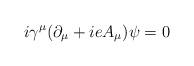
LaTeX: \begin{align*}i{\gamma}^{\mu}({\partial}_{\mu}+ieA_{\mu}){\psi}=0 \end{align*}